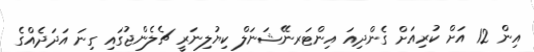
އިން 12 އަށް ކުރިއަށް ގެންދިއަ އިންޓަރނޭޝަނަލް ކިޔުލިނަރީ ޗެލެންޖުގައި ގިނަ އަދަދެއްގެ